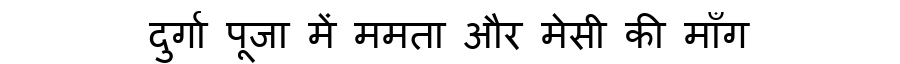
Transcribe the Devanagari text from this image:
दुर्गा पूजा में ममता और मेसी की माँग